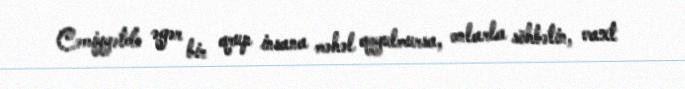
Cəmiyyətdə əgər bir qrup insana məhəl qoyulmursa, onlarla söhbətin, vaxt